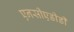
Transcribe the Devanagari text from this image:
एनसीएडीडी